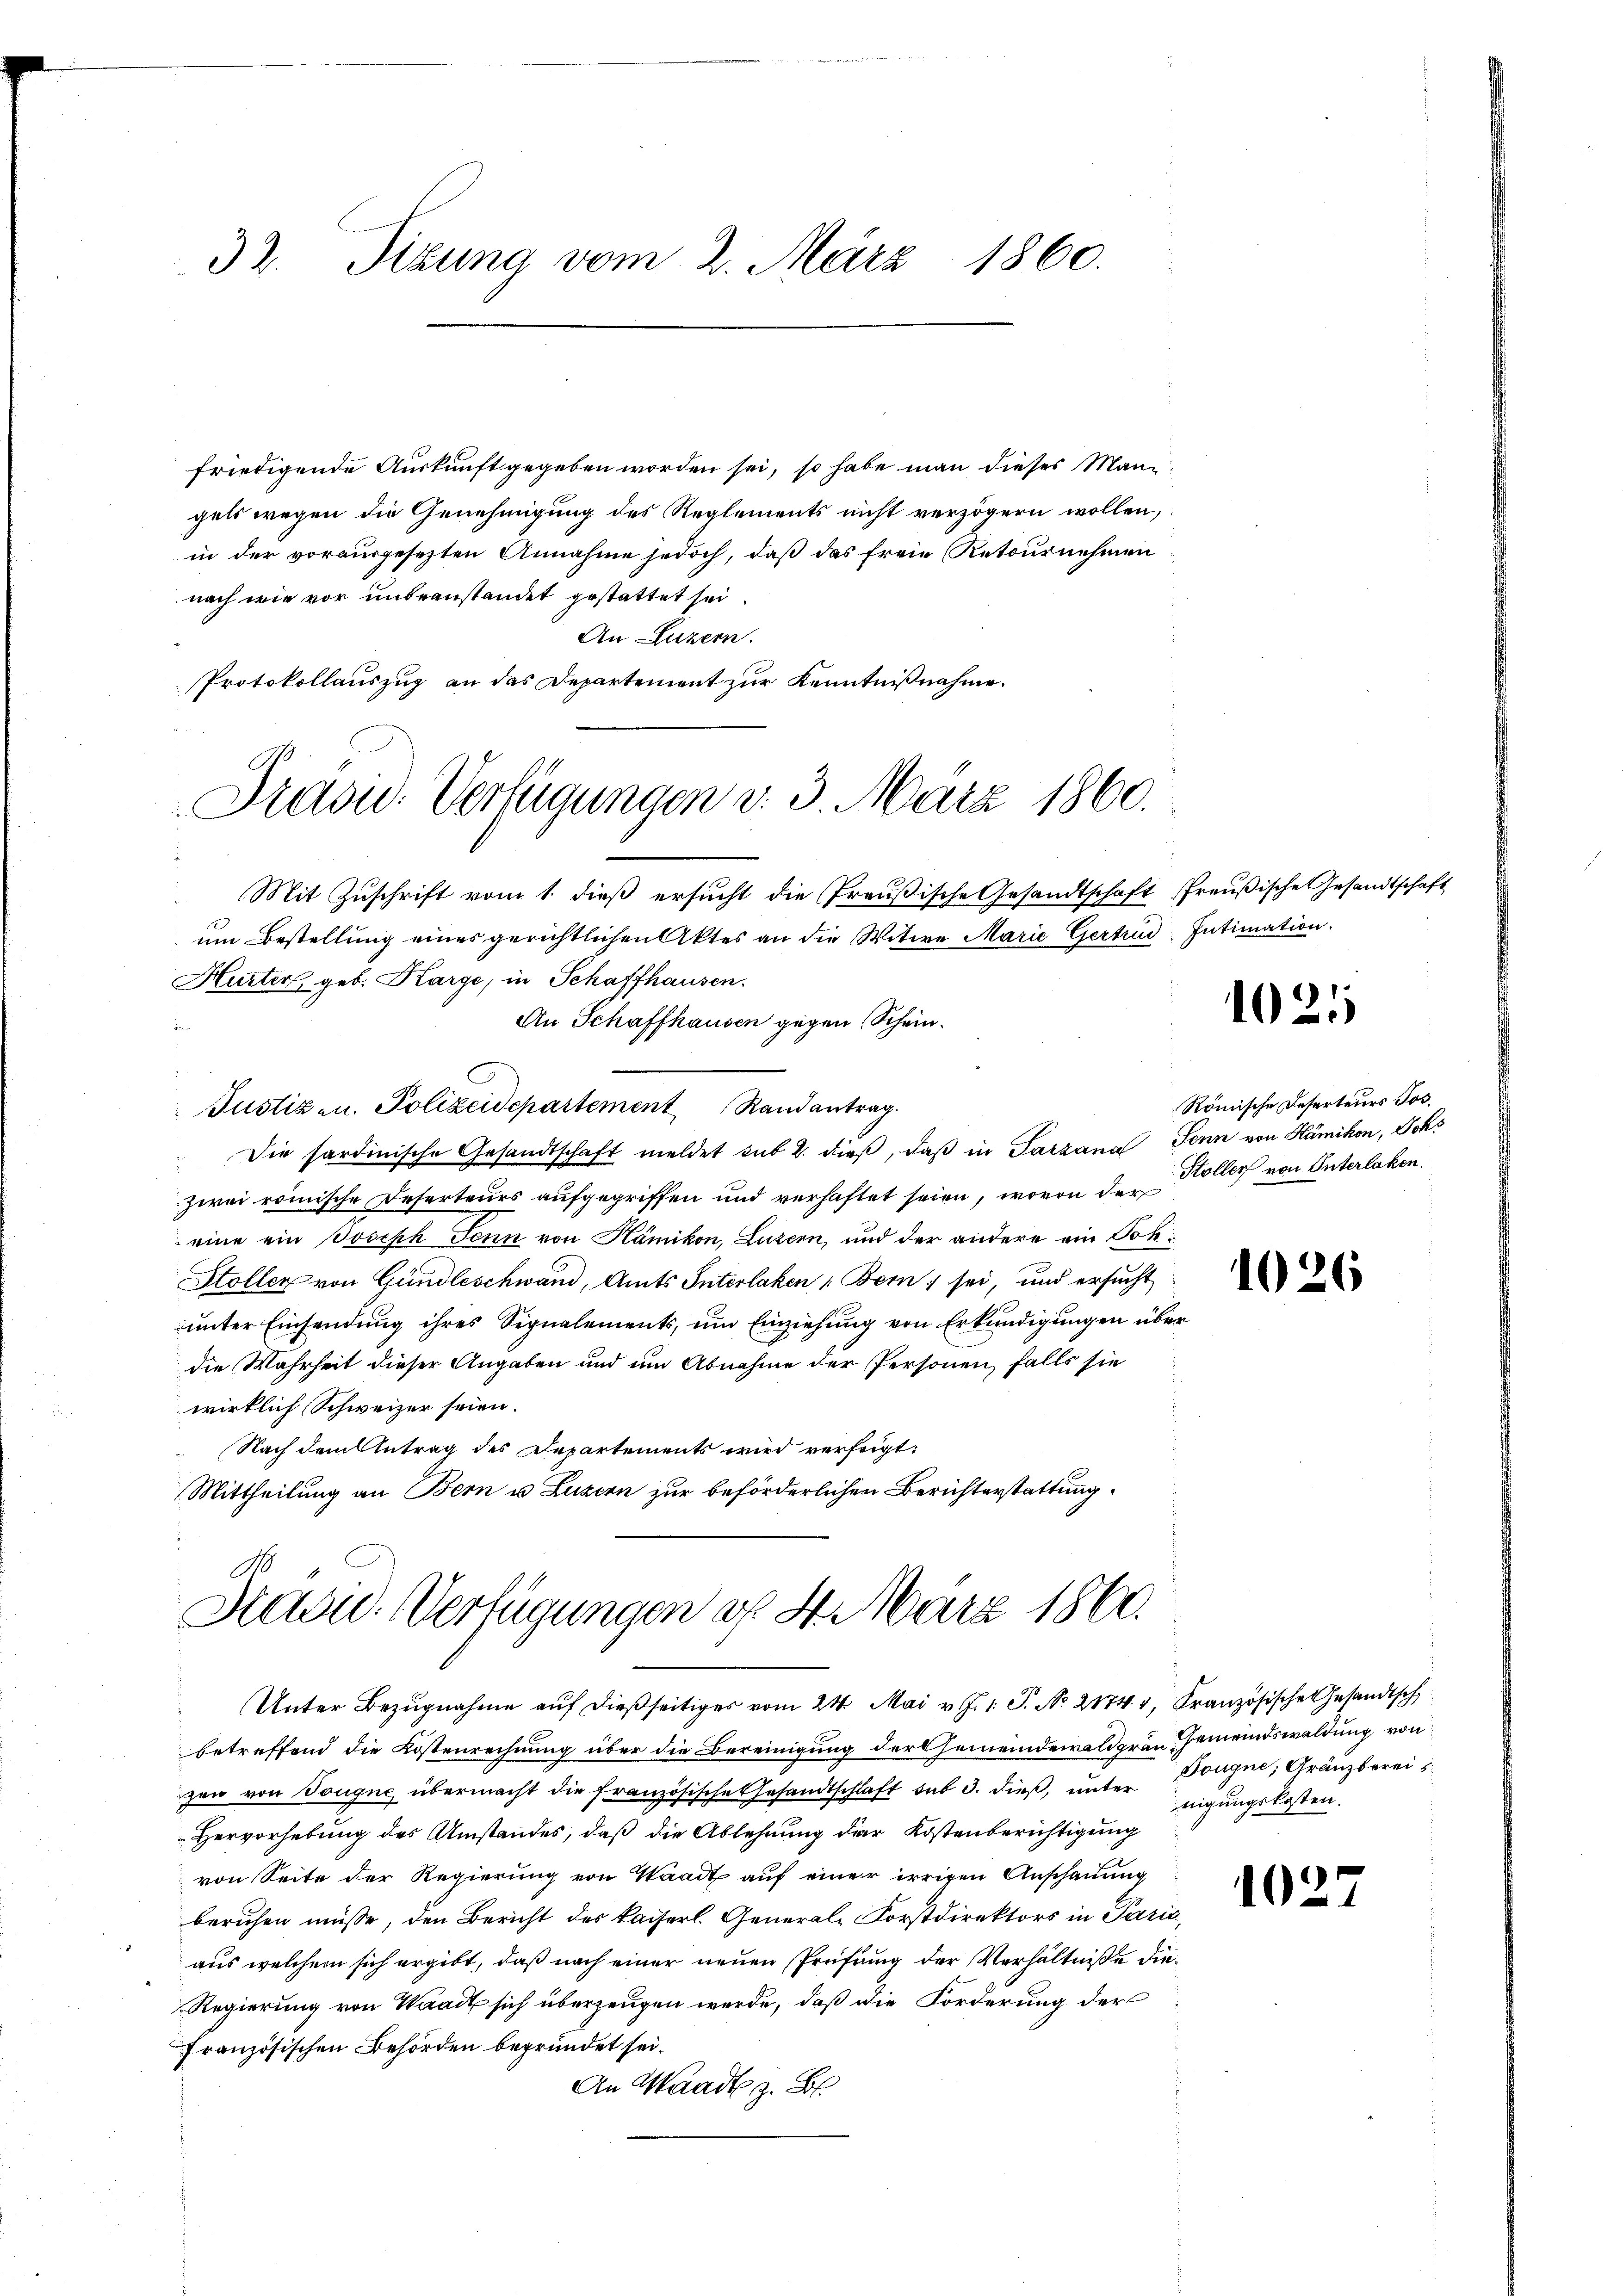
32. Sizung vom 2. März 1860.

friedigende Auskunft gegeben worden sei, so habe man dieses Mann
gels wegen die Genehmigung des Reglements nicht verzögern wollen,
in der vorausgesezten Annahme jedoch, daß das freie Retournehmen
nach wie vor unbeanstandet gestattet sei.
An Luzern.
Protokollauszug an das Departement zur Kenntnißnahme.
 Mit Zuschrift vom 1. dieß ersucht die Preußische Gesandtschaft
um Bestellung eines gerichtlichen Aktes an die Witwe Marie Gertrud. Intimation.
Hurter geb. Karge, in Schaffhausen.
An Schaffhausen gegen Schein.
Justiz u. Polizeidepartement Randantrag.
Die sardinische Gesandtschaft meldet sub 2. dieβ, daβ in Tarzana Jenn von Hämikon, Johs
zwei römische Deserteurs aufgegriffen und verhaftet seien, wovon der
eine ein Joseph Senn von Hämikon, Luzern, und der andere ein Soh¬
Stoller von Gundleschwand, Amts Interlaken „Bern, sei, und ersucht
unter Einsendung ihres Signalements, um Einziehung von Erkundigungen über
die Wahrheit dieser Angaben und um Abnahme der Personen, falls sie
wirklich Schweizer seien.
Nach dem Antrag des Departements wird verfeigt:
Mittheilung an Bern u. Luzern zur beförderlichen Berichterstattung.

Prasw. Verfügungen v. 3. März 1860.

Kau. Verfügungen d. 8. März 1860.

Unter Bezŭgnahme aŭf dießseitiges vom 24. Mai v. J. 1. J. No 21747, Französische Gesandtsch
betreffend die Kostenrechnung über die Bereinigung der Gemeindewaldgrau Gemeindswaldung von
zen von Tongue übermacht die französische Gesandtschlaft sub 3. dieß, unter Dongue, Gränzberei
Hervorhebung des Umstandes, daß die Ablehnung der Kostenberichtigung
von Seite der Regierung von Waadt auf einer irrigen Anschauung
beruhen müsse, den Bericht des kaiserl. Generale Forstdirektors in Paris,
aus welchem sich ergibt, daß nach einer neuen Prüfung der Verhältniße die¬
Regierung von Waadt sich überzeugen werde, daß die Forderung der
französischen Behörden begründet sei.
An Waadt z. B.

Preußische Gesandtschaft

1021

Römische Deserteurs Jos.
Stöller von Interlaken.

102

nigungskosten.

102.